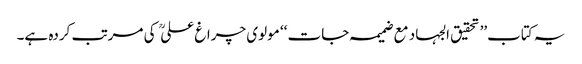
یہ کتاب’’ تحقیق الجہاد مع ضمیمہ جات ‘‘ مولوی چراغ علی  کی مرتب کردہ ہے۔